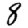
Digit: 8